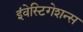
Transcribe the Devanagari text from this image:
इंवेस्टिगेशन्स